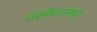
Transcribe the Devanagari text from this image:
संशोधनामधुन